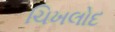
ચિખલોદ